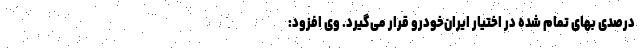
درصدی بهای تمام شده در اختیار ایران‌خودرو قرار می‌گیرد. وی افزود: